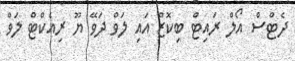
ދެޓްސް އޯލް ރައިޓް ބިކޮޒް އައި ލަވް ދަވޭ ޔޫ ރިއެކްޓް ލަވް